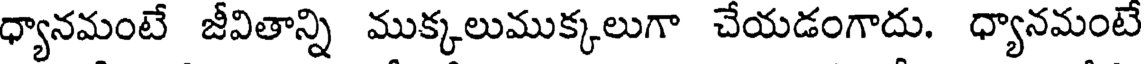
ధ్యానమంటే జీవితాన్ని ముక్కలుముక్కలుగా చేయడంగాదు. ధ్యానమంటే